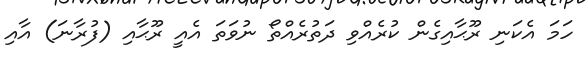
ހަމަ އެކަނި ރޫޙާއިގެން ކުރެއްވި ދަތުރެއްތޯ ނުވަތަ އެއީ ރޫޙާއި (ފުރާނަ) އާއި